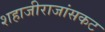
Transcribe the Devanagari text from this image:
शहाजीराजांसकट